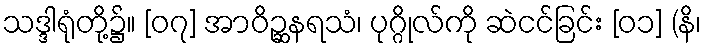
သဒ္ဒါရုံတို့၌။ [၀၇] အာဝိဉ္ဆနရသံ၊ ပုဂ္ဂိုလ်ကို ဆဲငင်ခြင်း [၀၁] (နိ၊